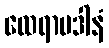
ထေရာပဒါနံ